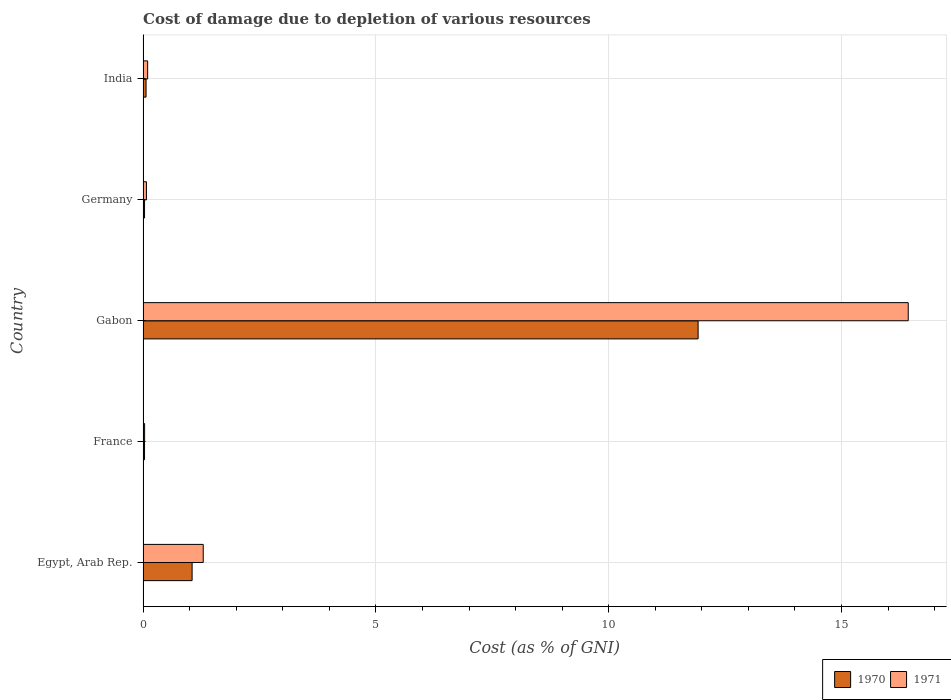
| Country | 1970 | 1971 |
 | --- | --- | --- |
 | Egypt, Arab Rep. | 1.05 | 1.29 |
 | France | 0.0316 | 0.0333 |
 | Gabon | 11.9 | 16.4 |
 | Germany | 0.032 | 0.0724 |
 | India | 0.0645 | 0.0986 |